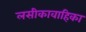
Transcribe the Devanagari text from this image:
लसीकावाहिका